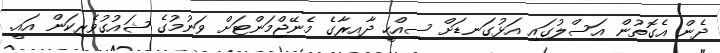
ދެން އެގޮތުން އަސްލުގައި އަޅުގަނޑަށް ސިއްހީ ދާއިރާގެ މެނޭޖްމަންޓަށް ވަނުމުގެ ޝައުގުވެރިކަން އައީ.